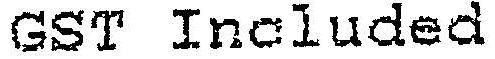
GST INCLUDED